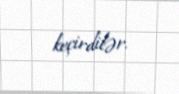
keçirdilər.